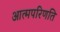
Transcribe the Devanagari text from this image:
आत्मपरिणति